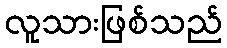
လူသားဖြစ်သည်